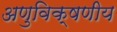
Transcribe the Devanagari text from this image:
अणुविक्षणीय